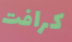
كرافت